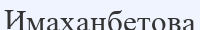
Имаханбетова